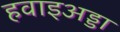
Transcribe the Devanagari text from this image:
हवाइअड्डा